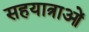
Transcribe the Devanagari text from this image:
सहयात्राओं